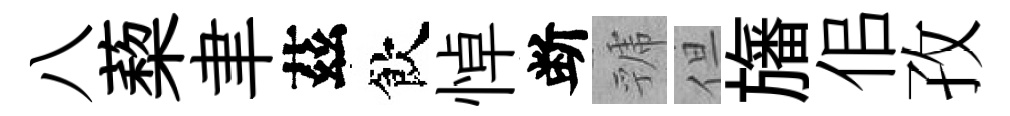
八蔾聿茲飲悼断虢但旛佀孜